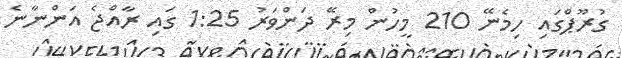
ގުރޫޕްގައި ހިމެނޭ 210 މީހުން މިރޭ ދަންވަރު 1:25 ގައި ރާއްޖެ އަންނާނެ